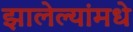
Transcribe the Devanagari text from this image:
झालेल्यांमधे